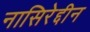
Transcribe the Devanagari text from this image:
नासिरेद्दीन